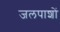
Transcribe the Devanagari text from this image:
जलपाशों